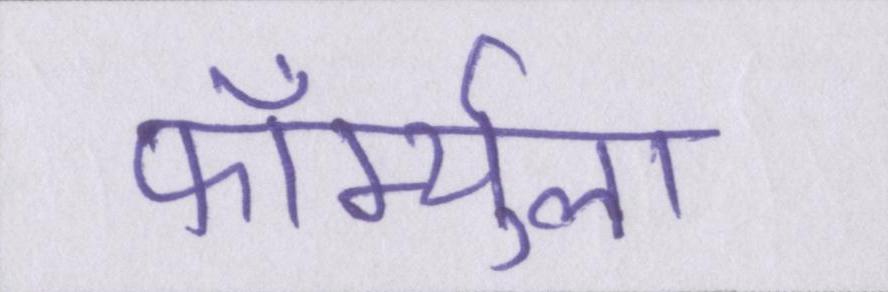
फॉर्म्युला